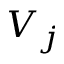
V _ { j }